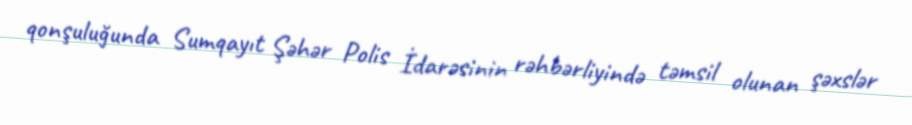
qonşuluğunda Sumqayıt Şəhər Polis İdarəsinin rəhbərliyində təmsil olunan şəxslər